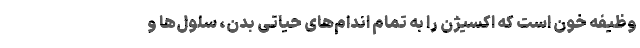
وظیفه خون است که اکسیژن را به تمام اندام‌های حیاتی بدن، سلول‌ها و